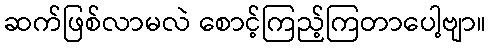
ဆက်ဖြစ်လာမလဲ စောင့်ကြည့်ကြတာပေါ့ဗျာ။